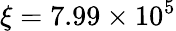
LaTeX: \xi=7.99\times 10^{5}